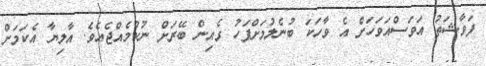
ފަވާޝަތު އަވަސްއަވަހަށް އެ ވާހަކަ ބުނެލުމަށްފަހު ގެއިން ބޭރަށް ނުކުމެއްޖެއެވެ. އާލިޔާ އެކަމަށް